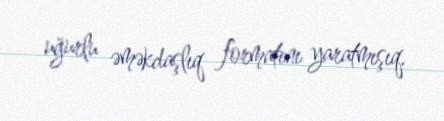
uğurlu əməkdaşlıq formatını yaratmışıq.